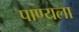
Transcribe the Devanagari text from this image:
पाण्यला